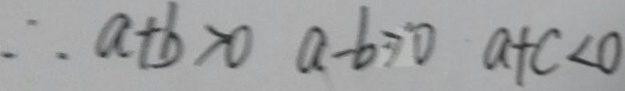
\therefore a + b > 0 a - b > 0 a + c < 0